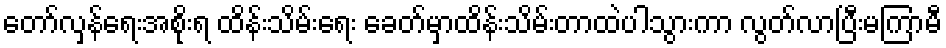
တော်လှန်ရေးအစိုးရ ထိန်းသိမ်းရေး ခေတ်မှာထိန်းသိမ်းတာထဲပါသွားကာ လွတ်လာပြီးမကြာမီ